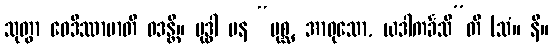
သုတွာ ဝေဒိဿာမာတိ ဝဒန္တိ။ ဗုဒ္ဓါ ပန “ပုစ္ဆ, အာဝုသော, ယဒါကင်္ခသီ”တိ (သံ။ နိ။